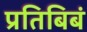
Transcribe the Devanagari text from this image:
प्रतिबिबं